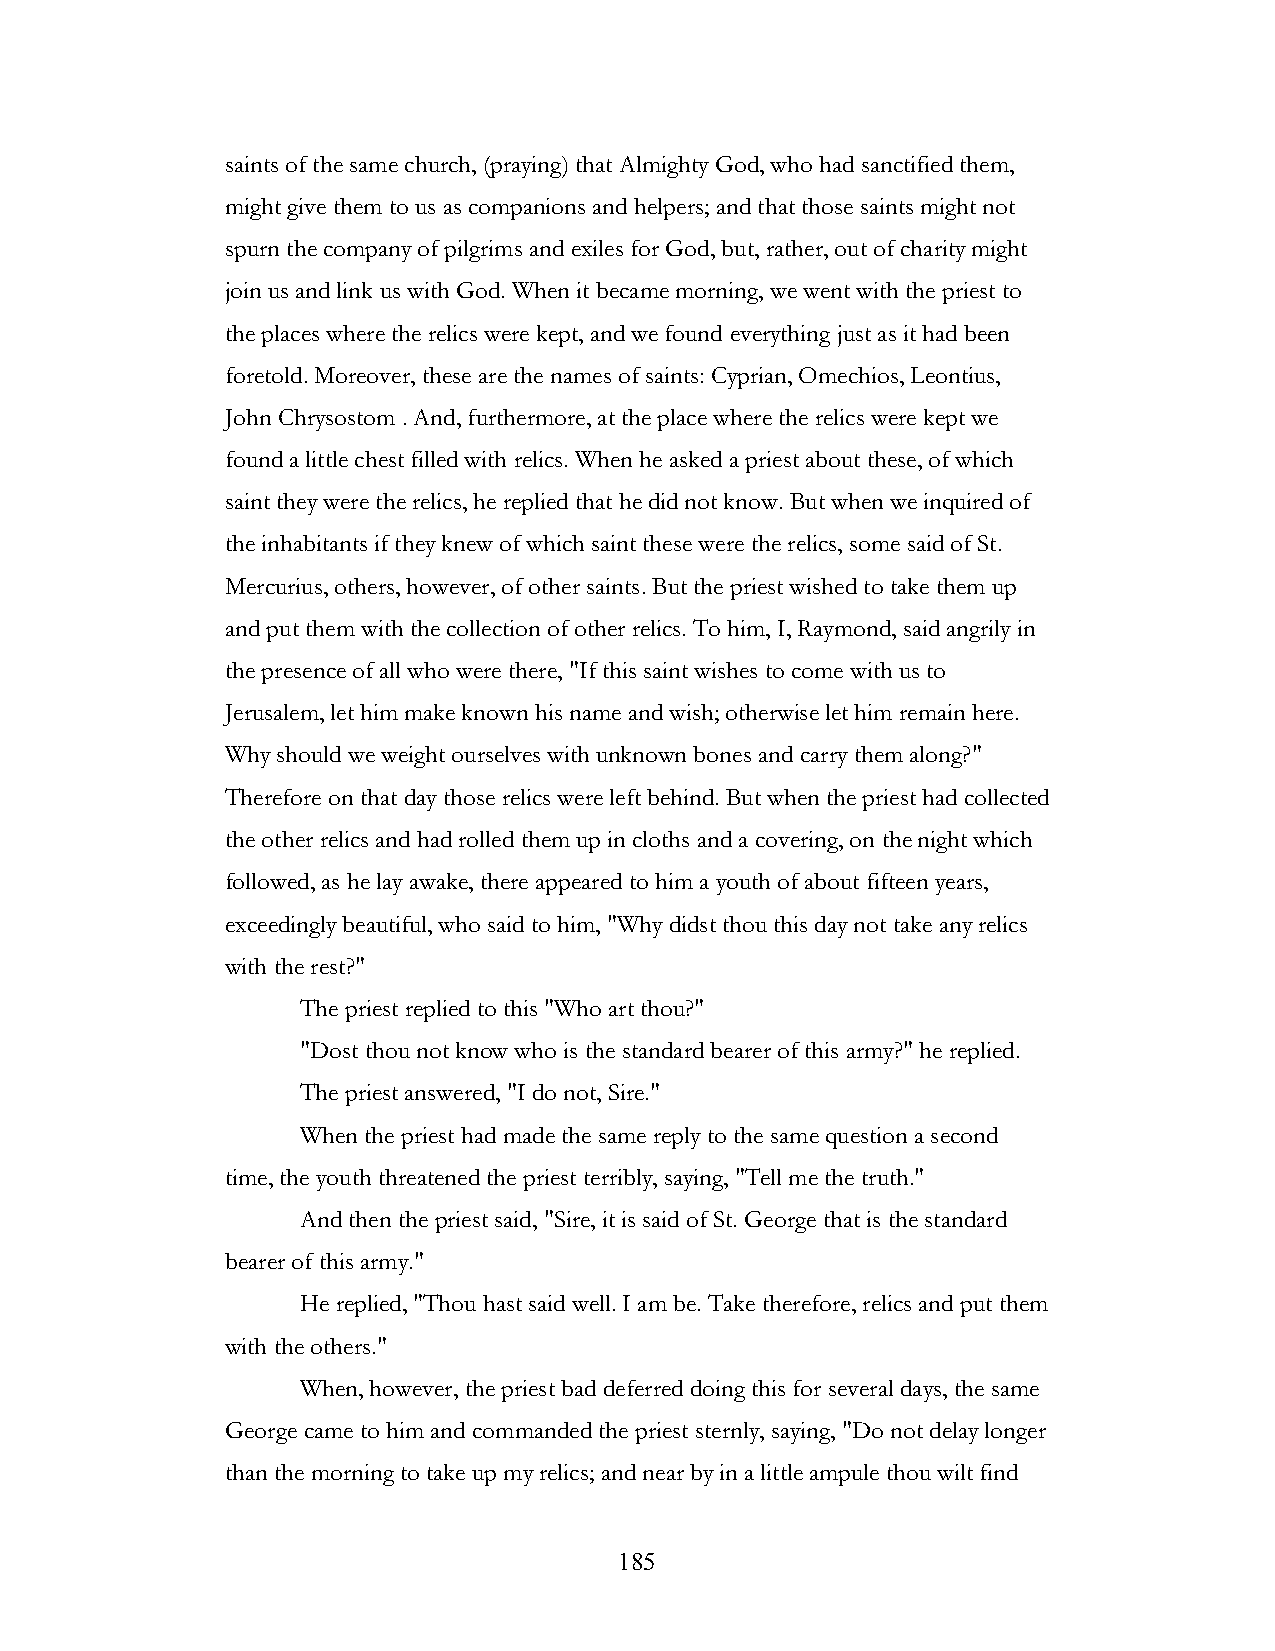
saints of the same church, (praying) that Almighty God, who had sanctified them,
 might give them to us as companions and helpers; and that those saints might not
 spurn the company of pilgrims and exiles for God, but, rather, out of charity might
 join us and link us with God. When it became morning, we went with the priest to
 the places where the relics were kept, and we found everything just as it had been
 foretold. Moreover, these are the names of saints: Cyprian, Omechios, Leontius,
 John Chrysostom . And, furthermore, at the place where the relics were kept we
 found a little chest filled with relics. When he asked a priest about these, of which
 saint they were the relics, he replied that he did not know. But when we inquired of
 the inhabitants if they knew of which saint these were the relics, some said of St.
 Mercurius, others, however, of other saints. But the priest wished to take them up
 and put them with the collection of other relics. To him, I, Raymond, said angrily in
 the presence of all who were there, "If this saint wishes to come with us to
 Jerusalem, let him make known his name and wish; otherwise let him remain here.
 Why should we weight ourselves with unknown bones and carry them along?"
 Therefore on that day those relics were left behind. But when the priest had collected
 the other relics and had rolled them up in cloths and a covering, on the night which
 followed, as he lay awake, there appeared to him a youth of about fifteen years,
 exceedingly beautiful, who said to him, "Why didst thou this day not take any relics
 with the rest?"
 The priest replied to this "Who art thou?"
 "Dost thou not know who is the standard bearer of this army?" he replied.
 The priest answered, "I do not, Sire."
 When the priest had made the same reply to the same question a second
 time, the youth threatened the priest terribly, saying, "Tell me the truth."
 And then the priest said, "Sire, it is said of St. George that is the standard
 bearer of this army."
 He replied, "Thou hast said well. I am be. Take therefore, relics and put them
 with the others."
 When, however, the priest bad deferred doing this for several days, the same
 George came to him and commanded the priest sternly, saying, "Do not delay longer
 than the morning to take up my relics; and near by in a little ampule thou wilt find
 !                         185